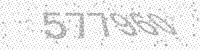
Solution: 577960